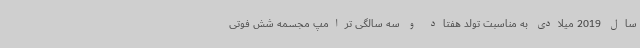
سال 2019 میلادی به مناسبت تولد هفتاد و سه ‌سالگی ترامپ مجسمه شش فوتی